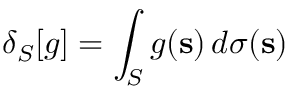
\delta _ { S } [ g ] = \int _ { S } g ( \mathbf { s } ) \, d \sigma ( \mathbf { s } )